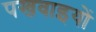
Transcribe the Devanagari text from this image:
पखवाइयों